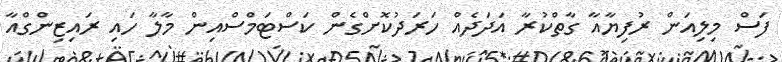
ފަސް މިލިއަން ރުފިޔާއާ ގާތްކުރާ އަދަދެއް ހަރަދުކޮށްގެން ކަސްޓަމްސްއިން މާލާ ހައި ރައިޒިންގްއާ